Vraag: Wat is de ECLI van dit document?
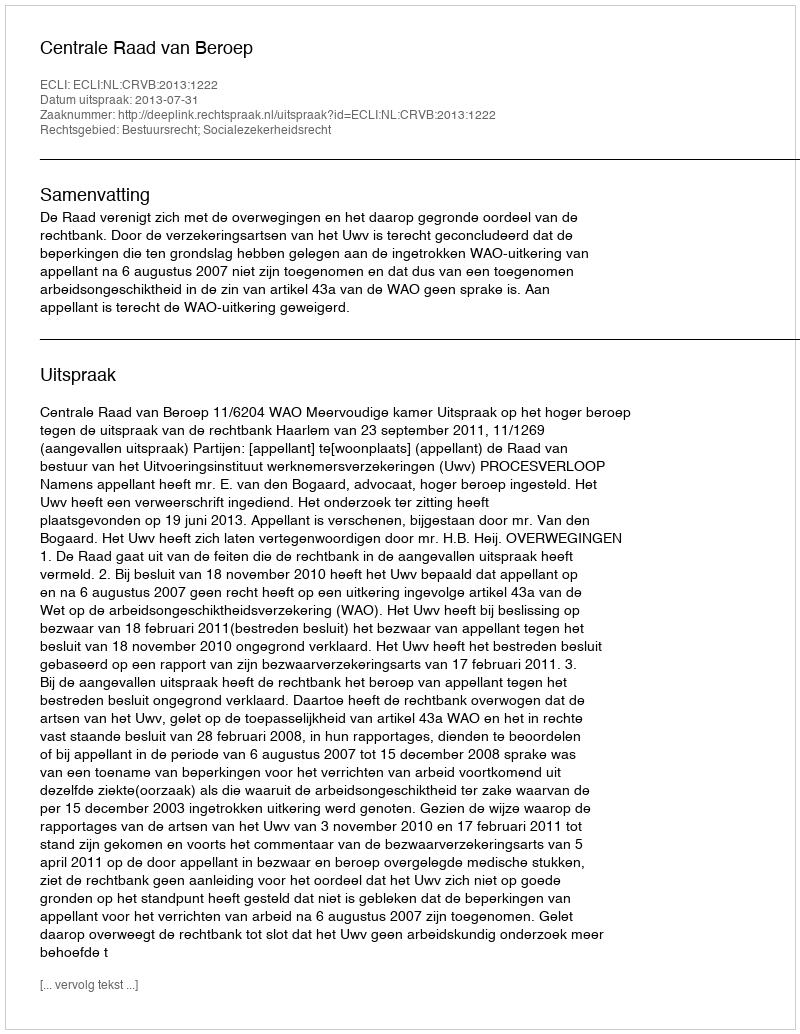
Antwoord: ECLI:NL:CRVB:2013:1222